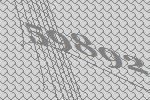
59892